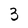
Character: 3